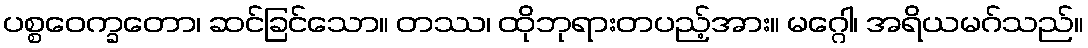
ပစ္စဝေက္ခတော၊ ဆင်ခြင်သော။ တဿ၊ ထိုဘုရားတပည့်အား။ မဂ္ဂေါ၊ အရိယမဂ်သည်။